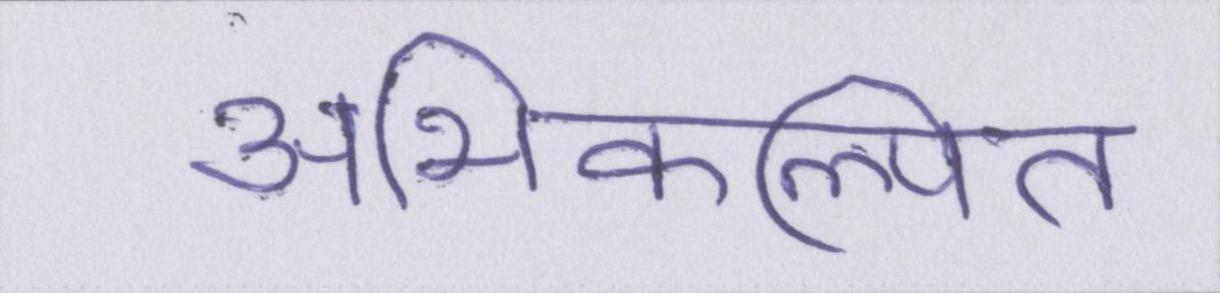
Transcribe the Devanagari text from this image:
अभिकल्पित